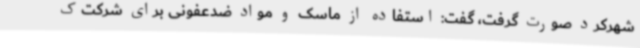
شهرکرد صورت گرفت، گفت: استفاده از ماسک و مواد ضدعفونی برای شرکت‌ک